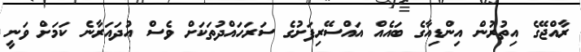
ރާއްޖޭގެ އިތުރުން އިންޑިއާގެ ބައެއް އައްސޭރިފަށުގެ ސަރަހައްދުތަކަށް ވެސް އުދައަރާނެ ކަމަށް ވަނީ